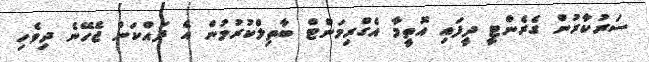
ސަރުކާރުން ގެރެންޓީ ދީފައި އޮތީމާ އެގްރިމަންޓް ބާތިލްކުރުމުން އެ ދައްކަން ޖެހޭނެ ދިވެހި